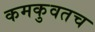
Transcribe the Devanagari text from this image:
कमकुवतच